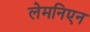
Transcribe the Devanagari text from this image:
लेमनिएन